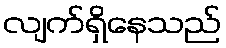
လျက်ရှိနေသည်